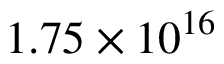
1 . 7 5 \times 1 0 ^ { 1 6 }